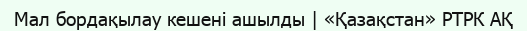
Мал бордақылау кешені ашылды | «Қазақстан» РТРК АҚ